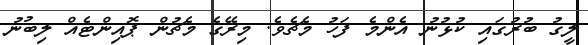
ލީގު ބުރުގައި ކުޅުނު އެންމެ ފަހު މެޗެވެ. މިރޭގެ މެޗުން ޕޮއިންޓެއް ލިބުނު